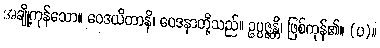
အချို့ကုန်သော။ ဝေဒယိတာနိ၊ ဝေဒနာတို့သည်။ ဥပ္ပဇ္ဇန္တိ၊ ဖြစ်ကုန်၏။ (ပ)။